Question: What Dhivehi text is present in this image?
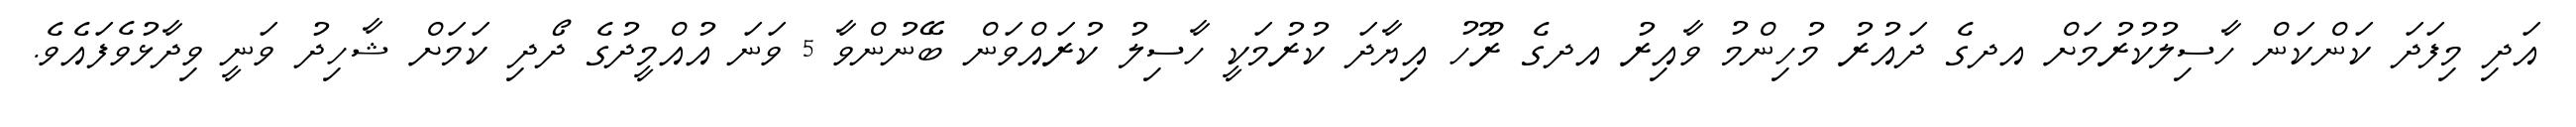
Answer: އަދި މިފަދަ ކަންކަން ހާސިލުކުރުމަށް އދގެ ދައުރު މުހިންމު ވާއިރު އދގެ ރޫހު އިޔާދަ ކުރުމަކީ ހާސިލު ކުރައްވަން ބޭނުންވާ 5 ވަނަ އުއްމީދުގެ ދޯދި ކަމަށް ޝާހިދު ވަނީ ވިދާޅުވެފައެވެ.